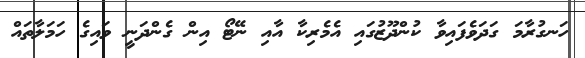
ހަނގުރާމަ ގަދަވެފައިވާ ކުންދޫޒުގައި އެމެރިކާ އާއި ނޭޓޯ އިން ގެންދަނީ ވައިގެ ހަމަލާތައް